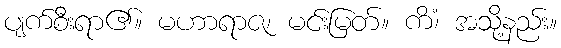
ပျက်စီးရာ၏။ မဟာရာဇ၊ မင်းမြတ်။ ကိံ၊ အသို့နည်း။